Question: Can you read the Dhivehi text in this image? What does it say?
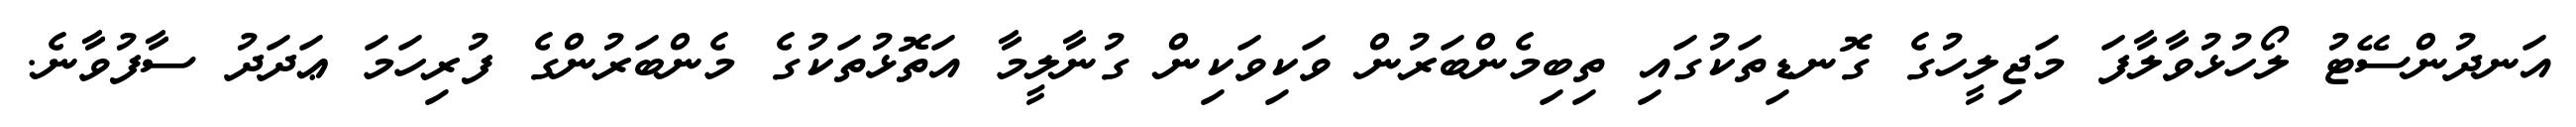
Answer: އަނދުންސޭޓު ލޯހުޅުވާލާފަ މަޖިލީހުގެ ގޮނޑިތަކުގައި ތިބިމެންބަރުން ވަކިވަކިން ގުނާލީމާ އަތޮޅުތަކުގެ މެންބަރުންގެ ފުރިހަމަ ޢަދަދު ސާފުވާނެ.